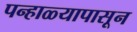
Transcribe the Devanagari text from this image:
पन्हाळ्यापासून